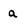
Character: a